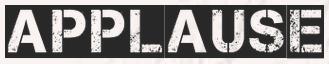
APPLAUSE